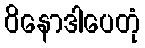
ဝိနောဒါပေတုံ